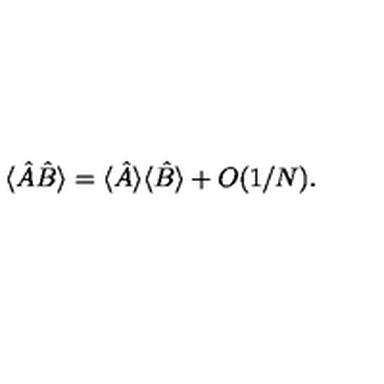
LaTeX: \langle \hat { A } \hat { B } \rangle = \langle \hat { A } \rangle \langle \hat { B } \rangle + O ( 1 / N ) .